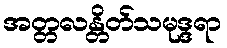
အတ္တလန္တိတ်သမုဒ္ဒရာ